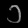
Digit: ၁